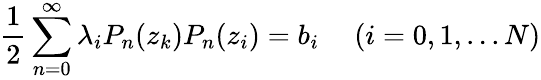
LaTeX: \frac{1}{2}\sum_{n=0}^{\infty}\lambda_{i}P_{n}(z_{k})P_{n}(z_{i})=b_{i}~~~~~(i=0,1,...N)